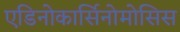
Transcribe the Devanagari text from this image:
एडिनोकार्सिनोमोसिस